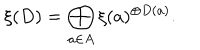
LaTeX: \xi ( D ) = \bigoplus _ { a \in A } \xi ( a ) ^ { \oplus D ( a ) } .